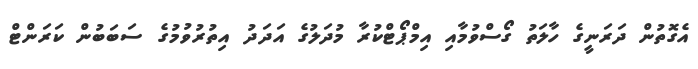
އެގޮތުން ދަރަނީގެ ހާލަތު ގޯސްވުމާއި އިމްޕޯޓްކުރާ މުދަލުގެ އަދަދު އިތުރުވުމުގެ ސަބަބުން ކަރަންޓް